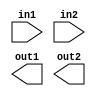
module top (
input	in1,
input	in2,
output	out1,
output	out2
);



endmodule